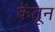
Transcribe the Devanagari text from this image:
केंतून